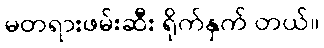
မတရားဖမ်းဆီး ရိုက်နှက် တယ်။